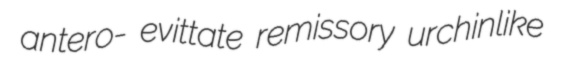
antero- evittate remissory urchinlike